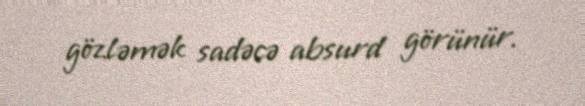
gözləmək sadəcə absurd görünür.